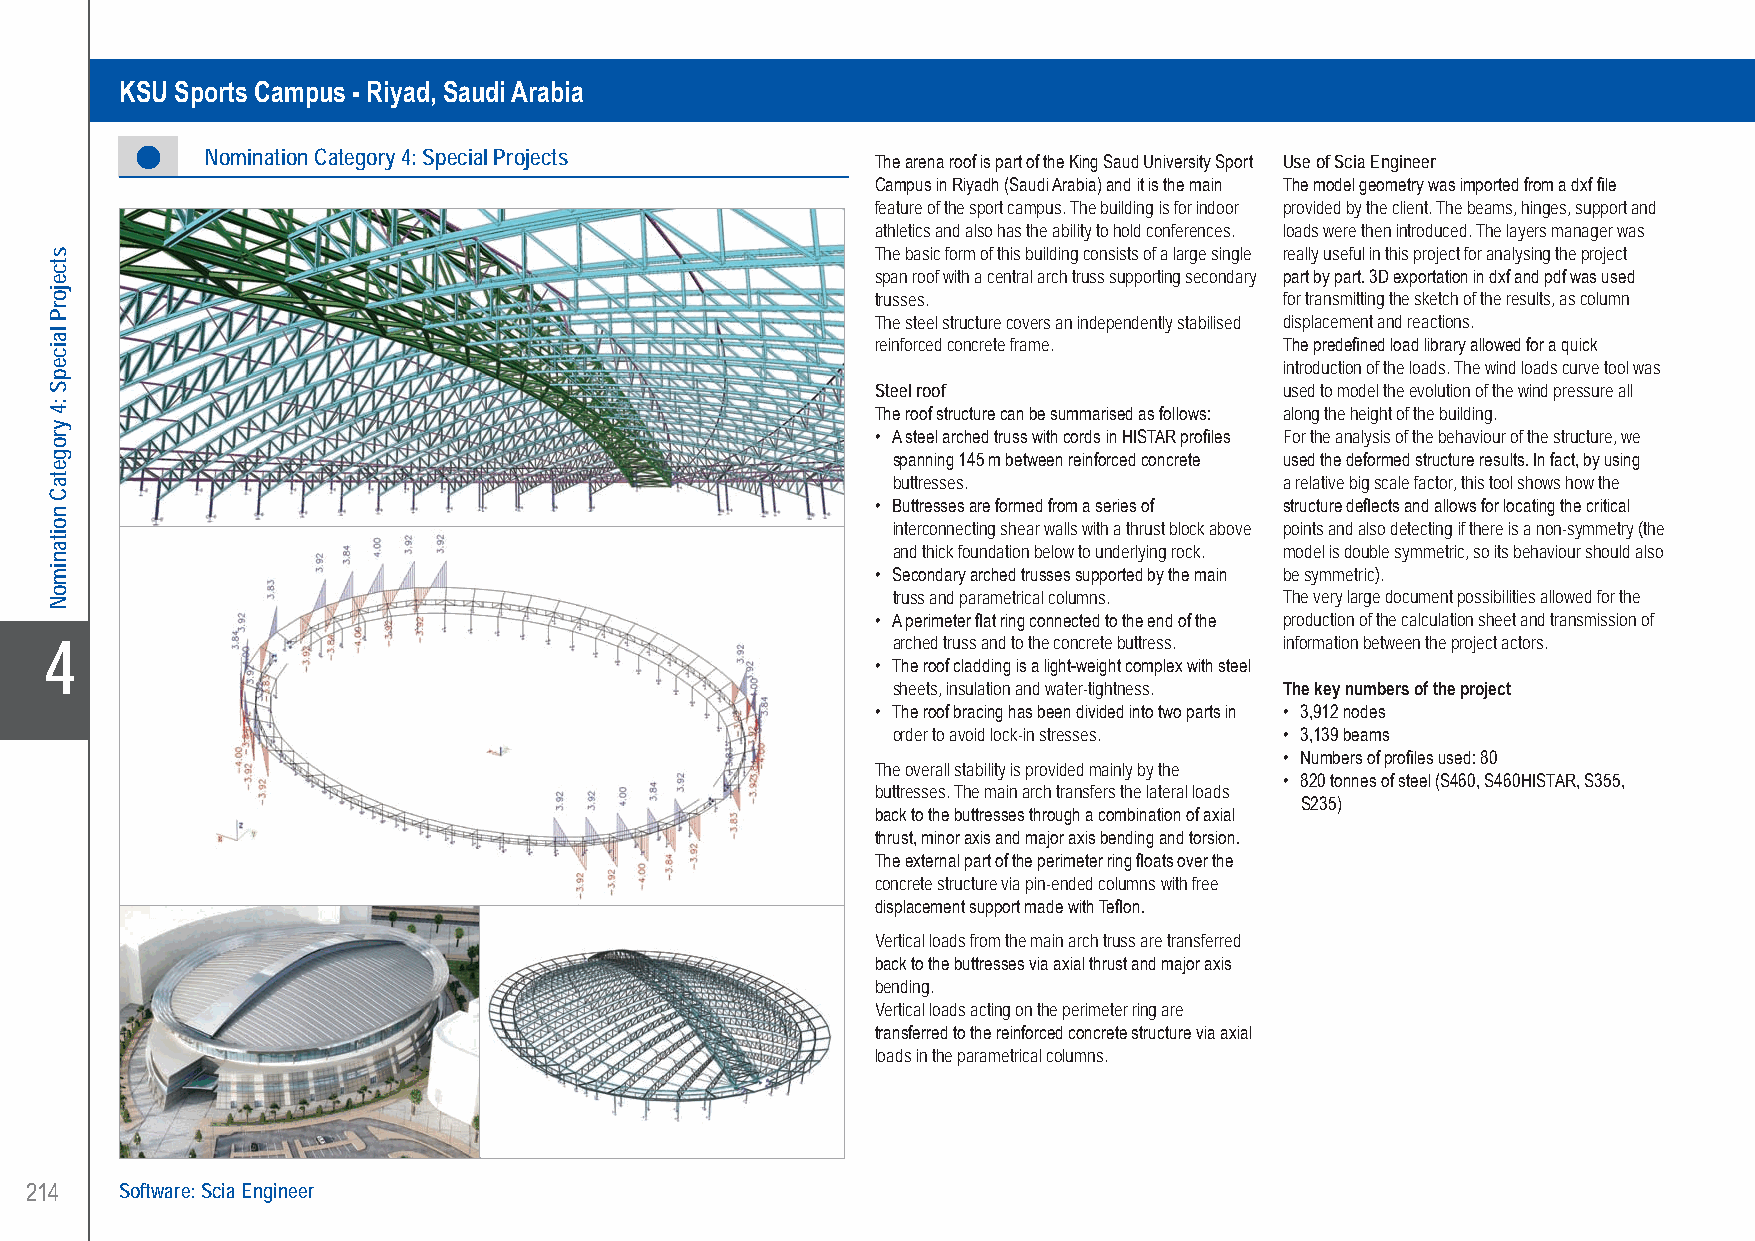
Schroeder & Associés..........KSU Sports Campus - Riyad, Saudi Arabia
 KSU Sports Campus - Riyad, Saudi Arabia
 Nomination Category 4: Special Projects     The arena roof is part of the King Saud University Sport Use of Scia Engineer
 Campus in Riyadh (Saudi Arabia) and it is the main The model geometry was imported from a dxf file
 feature of the sport campus. The building is for indoor provided by the client. The beams, hinges, support and
 athletics and also has the ability to hold conferences. loads were then introduced. The layers manager was
 The basic form of this building consists of a large single really useful in this project for analysing the project
 span roof with a central arch truss supporting secondary part by part. 3D exportation in dxf and pdf was used
 trusses.                   for transmitting the sketch of the results, as column
 The steel structure covers an independently stabilised displacement and reactions.
 reinforced concrete frame. The predefined load library allowed for a quick
 introduction of the loads. The wind loads curve tool was
 Steel roof                 used to model the evolution of the wind pressure all
 The roof structure can be summarised as follows: along the height of the building.
 • A steel arched truss with cords in HISTAR profiles For the analysis of the behaviour of the structure, we
 spanning 145 m between reinforced concrete used the deformed structure results. In fact, by using
 buttresses.               a relative big scale factor, this tool shows how the
 • Buttresses are formed from a series of structure deflects and allows for locating the critical
 interconnecting shear walls with a thrust block above points and also detecting if there is a non-symmetry (the
 and thick foundation below to underlying rock. model is double symmetric, so its behaviour should also
 • Secondary arched trusses supported by the main be symmetric).
 truss and parametrical columns. The very large document possibilities allowed for the
 • A perimeter flat ring connected to the end of the production of the calculation sheet and transmission of
 X4                                                      arched truss and to the concrete buttress. information between the project actors.
 • The roof cladding is a light-weight complex with steel
 sheets, insulation and water-tightness. The key numbers of the project
 • The roof bracing has been divided into two parts in • 3,912 nodes
 order to avoid lock-in stresses. • 3,139 beams
 • Numbers of profiles used: 80
 The overall stability is provided mainly by the
 • 820 tonnes of steel (S460, S460HISTAR, S355,
 buttresses. The main arch transfers the lateral loads
 S235)
 back to the buttresses through a combination of axial
 thrust, minor axis and major axis bending and torsion.
 The external part of the perimeter ring floats over the
 concrete structure via pin-ended columns with free
 displacement support made with Teflon.
 Vertical loads from the main arch truss are transferred
 back to the buttresses via axial thrust and major axis
 bending.
 Vertical loads acting on the perimeter ring are
 transferred to the reinforced concrete structure via axial
 loads in the parametrical columns.
 214   Software: Scia Engineer
 UC-2013-Book-V8.indd 214                                                                                  7/11/2013 11:54:10 AM
 stcejorP
 laicepS
 :4
 yrogetaC
 noitanimoN